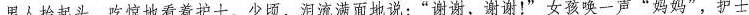
男人拾起头，吃惊地看着护士，少顷，泪流满面地说：“谢谢，谢谢！”女孩唤一声”妈妈”，护士